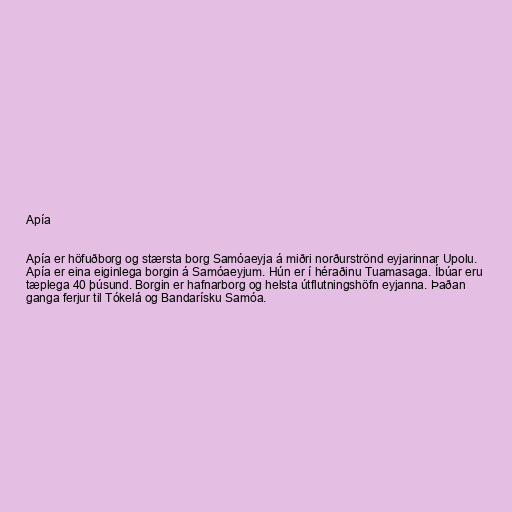
Apía

Apía er höfuðborg og stærsta borg Samóaeyja á miðri norðurströnd eyjarinnar Upolu.
Apía er eina eiginlega borgin á Samóaeyjum. Hún er í héraðinu Tuamasaga. Íbúar eru
tæplega 40 þúsund. Borgin er hafnarborg og helsta útflutningshöfn eyjanna. Þaðan
ganga ferjur til Tókelá og Bandarísku Samóa.